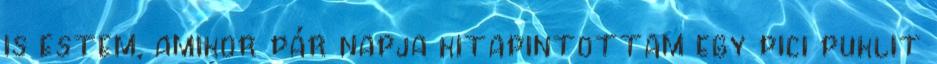
is estem, amikor pár napja kitapintottam egy pici puklit